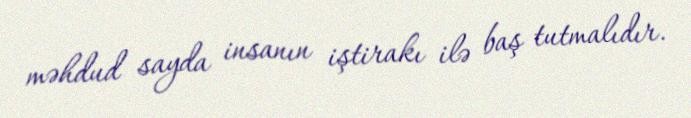
məhdud sayda insanın iştirakı ilə baş tutmalıdır.